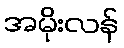
အမိုးလန်